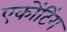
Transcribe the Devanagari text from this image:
एकोंटिंग